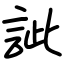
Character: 訿